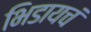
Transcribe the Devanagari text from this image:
भिडायचं